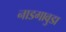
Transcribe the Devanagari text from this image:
नाडगावुडा